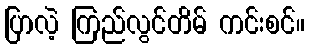
ပြာလဲ့ ကြည်လွင်တိမ် ကင်းစင်။